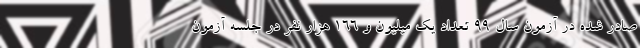
صادر شده در آزمون سال ۹۹ تعداد یک میلیون و ۱۶۶ هزار نفر در جلسه آزمون